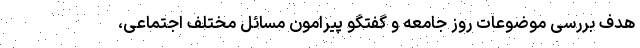
هدف بررسی موضوعات روز جامعه و گفتگو پیرامون مسائل مختلف اجتماعی،